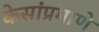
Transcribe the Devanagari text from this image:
केसांप्रमाणे